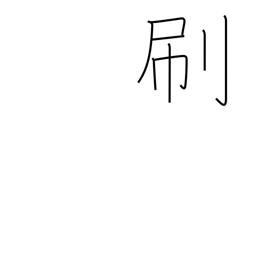
Meaning: brush